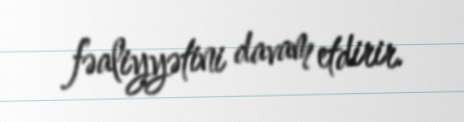
fəaliyyətini davam etdirir.